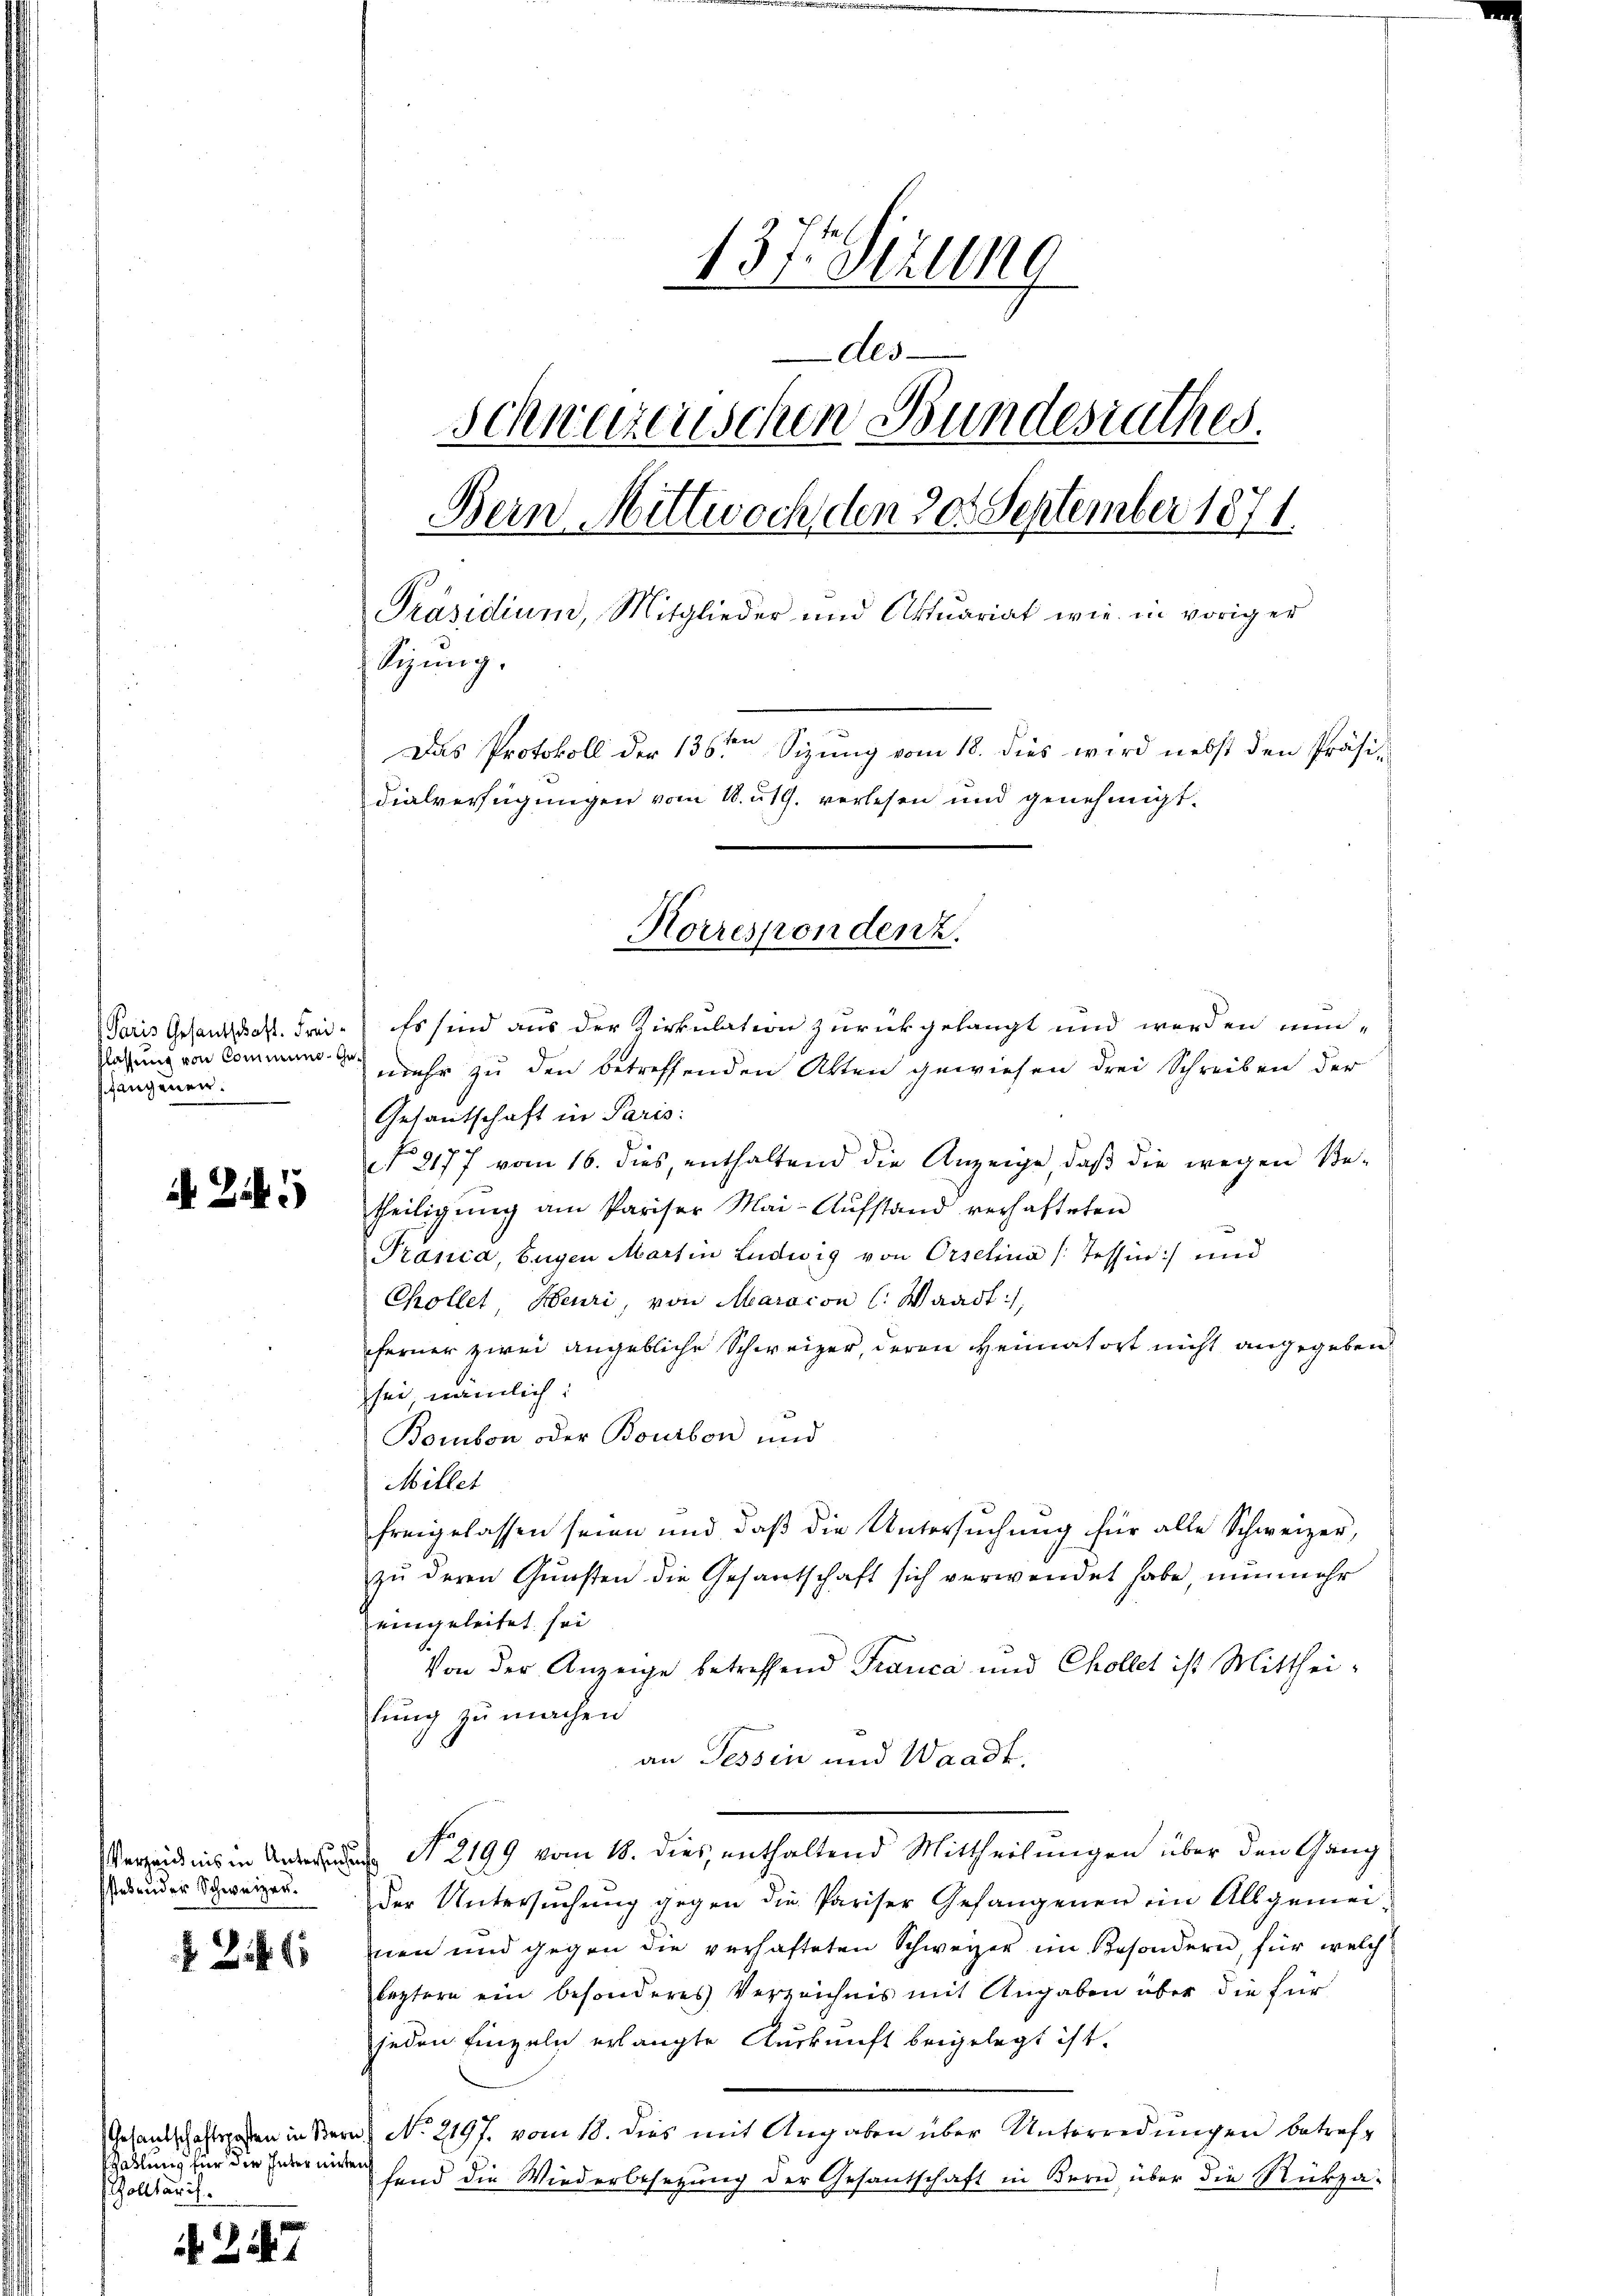
Paris Gesandtschaft. Freiflassung von Communs. Ge
fangener.

. Zi

Verhändnis in Untersuchung
stehender Schweizer.

24.

allung für die Inter nichten
Zolltarif.

. 247

137 Sizung
Als
Schweizerischen Bundesrathes.
Bern Mittwoch, den 30. September 1871
Präsidium, Mitglieder und Aktuariat wie in voriger
Sizung.
Das Protokoll der 136ten Sizung vom 18. dies wird nebst den Präsidialverfügungen vom 18. ut. verlesen und genehmigt.

Es sind aus der Zirkulation zurückgelangt und werden min-
mehr zu den betreffenden Akten gewiesen drei Schreiben der
Gesantschaft in Paris:
No 8177 vom 16. dies, enthaltend die Anzeige, daß die wegen Be-
theiligung am Pariser Mai-Aŭfstand verhafteten
Prania, Eugen Martin Ludwig von Orselina (Tessin:/ und
Chollet, Heuri, von Maracon l. Waadt,
ferner zwei angebliche Schweizer, deren Heimatort nicht angegeben
sei nämlich:
Bombon oder Bourbon und
Millet
freigelassen seien und daß die Untersuchung für alle Schweizer,
zu deren Gunsten die Gesantschaft sich verwendet habe, nunmehr
eingeleitet sei
Von der Anzeige betreffend Franca und Chollet ist Mittheilung zu machen
an Tessin und Waadt,
No. 2199 vom 18. dies, enthaltend Mittheilungen über den Gang
der Untersuchung gegen die Pariser Gefangenen im Allgemei-
mnen und gegen die verhafteten Schweizer im Besondern, für welch
leztern ein besonderes Verzeichnis mit Angaben über die für
jeden Einzeln erlangte Auskunft beigelegt ist.
Gesandschaftspaten in Bern No. 2197. vom 18. dies mit Angaben über Unterredungen betreffend die Wiederbesetzung der Gesantschaft in Bern, über die Rückza-

Korrespondenz.